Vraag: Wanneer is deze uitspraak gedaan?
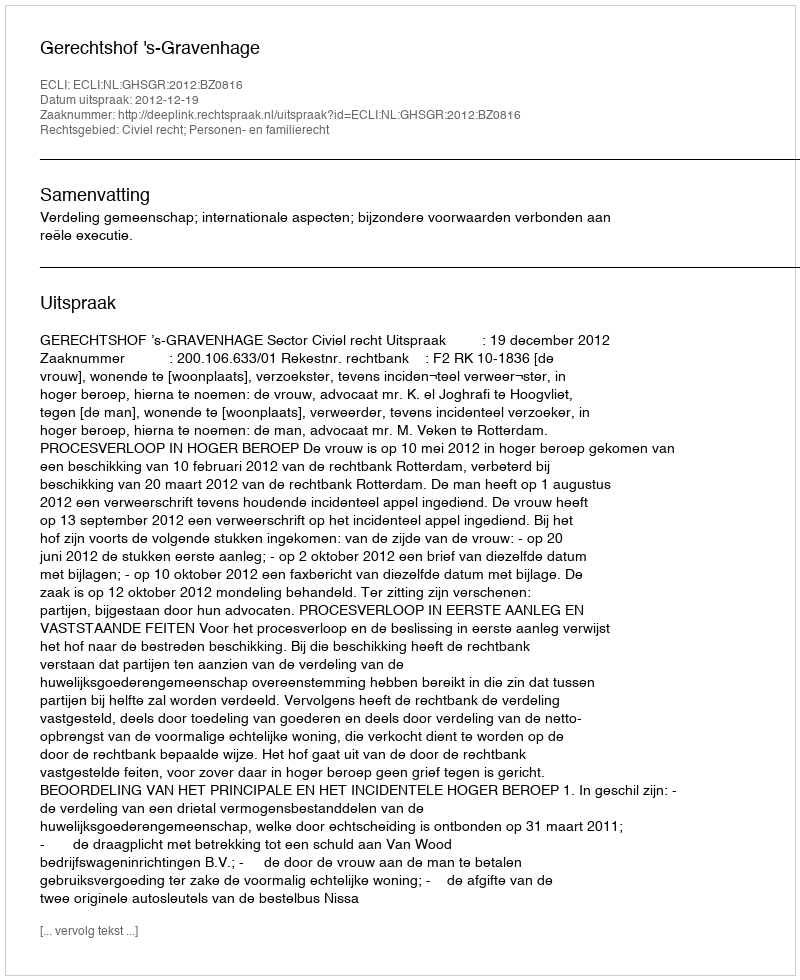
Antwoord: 2012-12-19